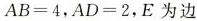
AB=4，AD=2，E为边